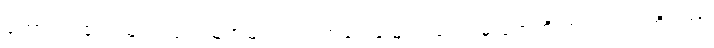
ကောင်ကလေးများ ပြည်သူအများတွင် အရှေ့မြောက်ဒေသမှ ပုံအထိ တင်းတင်းကိုင်ကာ